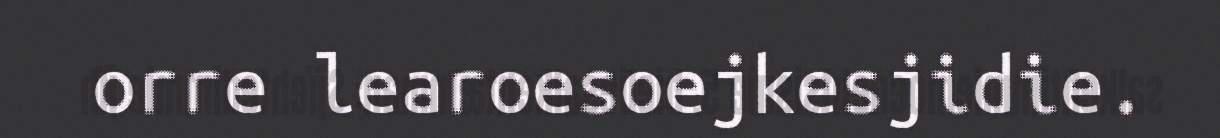
orre learoesoejkesjidie.